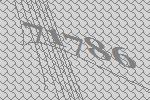
71786